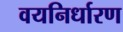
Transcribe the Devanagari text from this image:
वयनिर्धारण